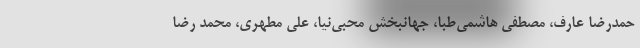
حمدرضا عارف، مصطفی هاشمی‌طبا، جهانبخش محبی‌نیا، علی مطهری، محمد رضا